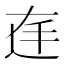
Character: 𱍓